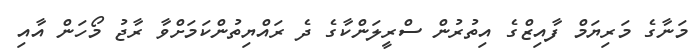
މަނާގެ މަރިޔަމް ފާއިޒްގެ އިތުރުން ސްރީލަންކާގެ ދެ ރައްޔިތުންކަމަށްވާ ރާޖު މޯހަން އާއި